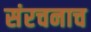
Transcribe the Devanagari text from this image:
संरचनाच